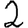
Digit: 2